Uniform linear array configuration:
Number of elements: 16
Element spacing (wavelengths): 1
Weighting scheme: uniform
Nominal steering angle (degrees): -45
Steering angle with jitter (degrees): -45.623
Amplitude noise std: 0.05
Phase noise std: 0.05

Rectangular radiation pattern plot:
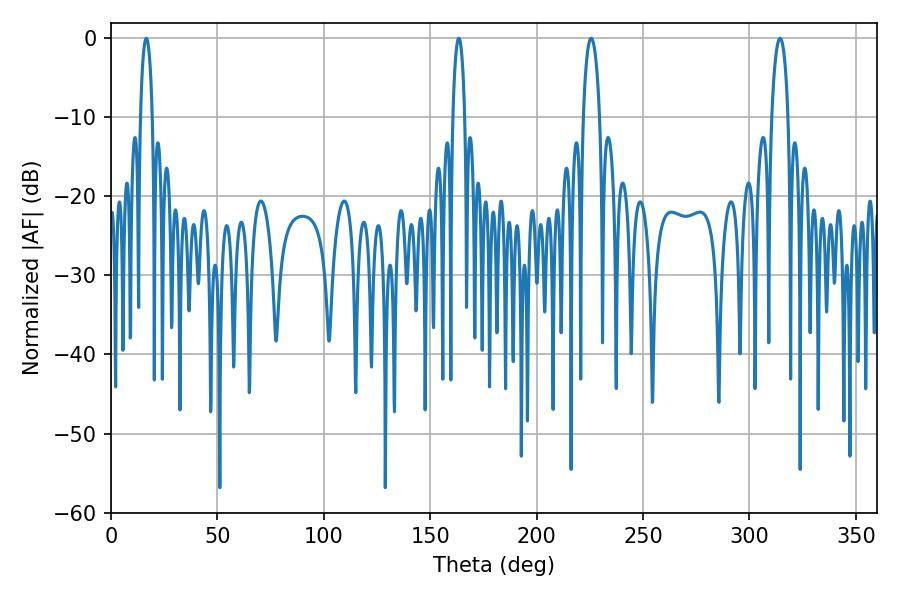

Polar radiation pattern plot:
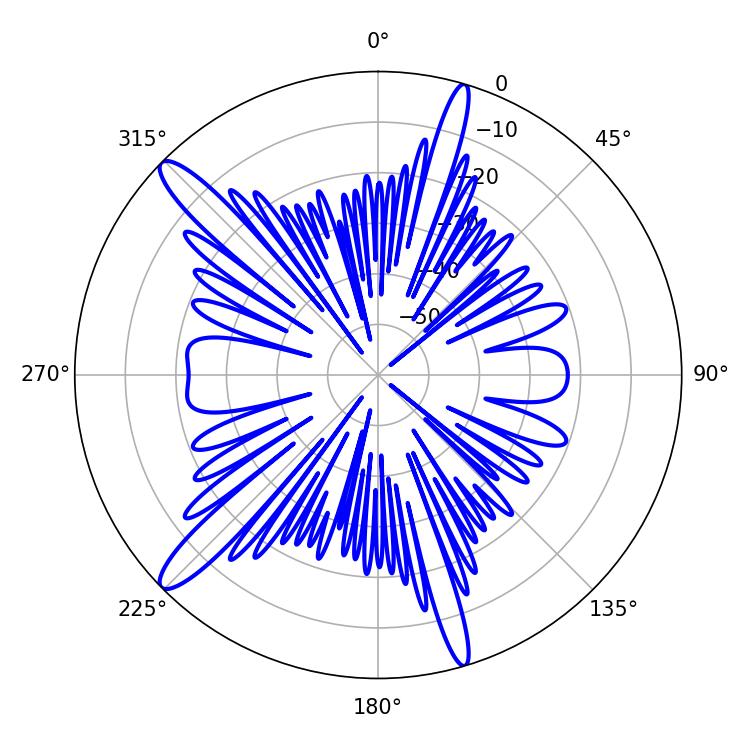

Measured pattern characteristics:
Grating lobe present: TRUE
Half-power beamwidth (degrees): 3.24
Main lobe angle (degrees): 16.56